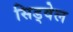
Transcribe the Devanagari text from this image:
सिड्वेल